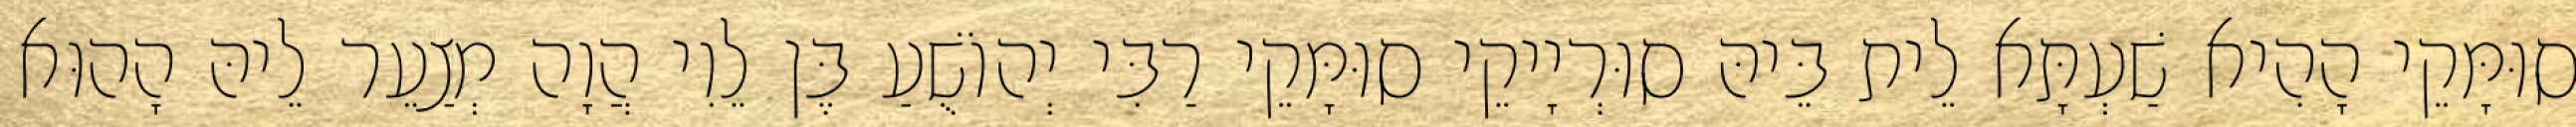
סוּמָּקֵי הָהִיא שַׁעְתָּא לֵית בֵּיהּ סוּרְיָיקֵי סוּמָּקֵי רַבִּי יְהוֹשֻׁעַ בֶּן לֵוִי הֲוָה מְצַעֵר לֵיהּ הָהוּא